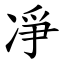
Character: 凈